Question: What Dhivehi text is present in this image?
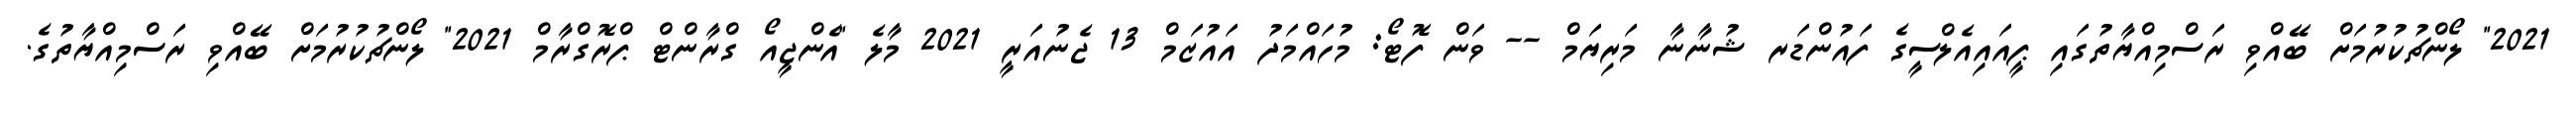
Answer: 2021" ލޯންޗުކުރުމަށް ބޭއްވި ރަސްމިއްޔާތުގައި ޕީއައިއެލްސީގެ ފައުންޑަރ ޝުނާނާ މަރިޔަމް -- ވަން ފޮޓޯ: މުހައްމަދު އައުޒަމް 13 ޖެނުއަރީ 2021 މާލެ "އެންޖީއޯ ގްރާންޓް ޕްރޮގްރާމް 2021" ލޯންޗުކުރުމަށް ބޭއްވި ރަސްމިއްޔާތުގެ.